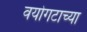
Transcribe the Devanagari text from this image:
वयोगटाच्या